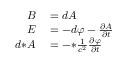
\begin{array} { r l } { B } & { { } = d A } \\ { E } & { { } = - d \varphi - { \frac { \partial A } { \partial t } } } \\ { d { * } A } & { { } = - { * } { \frac { 1 } { c ^ { 2 } } } { \frac { \partial \varphi } { \partial t } } } \end{array}